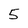
Character: 5